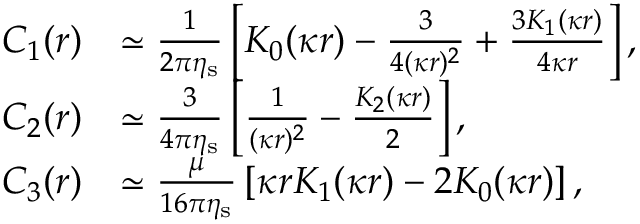
\begin{array} { r l } { C _ { 1 } ( r ) } & { \simeq \frac { 1 } { 2 \pi \eta _ { \mathrm { s } } } \left[ K _ { 0 } ( \kappa r ) - \frac { 3 } { 4 ( \kappa r ) ^ { 2 } } + \frac { 3 K _ { 1 } ( \kappa r ) } { 4 \kappa r } \right] , } \\ { C _ { 2 } ( r ) } & { \simeq \frac { 3 } { 4 \pi \eta _ { \mathrm { s } } } \left[ \frac { 1 } { ( \kappa r ) ^ { 2 } } - \frac { K _ { 2 } ( \kappa r ) } { 2 } \right] , } \\ { C _ { 3 } ( r ) } & { \simeq \frac { \mu } { 1 6 \pi \eta _ { \mathrm { s } } } \left[ \kappa r K _ { 1 } ( \kappa r ) - 2 K _ { 0 } ( \kappa r ) \right] , } \end{array}